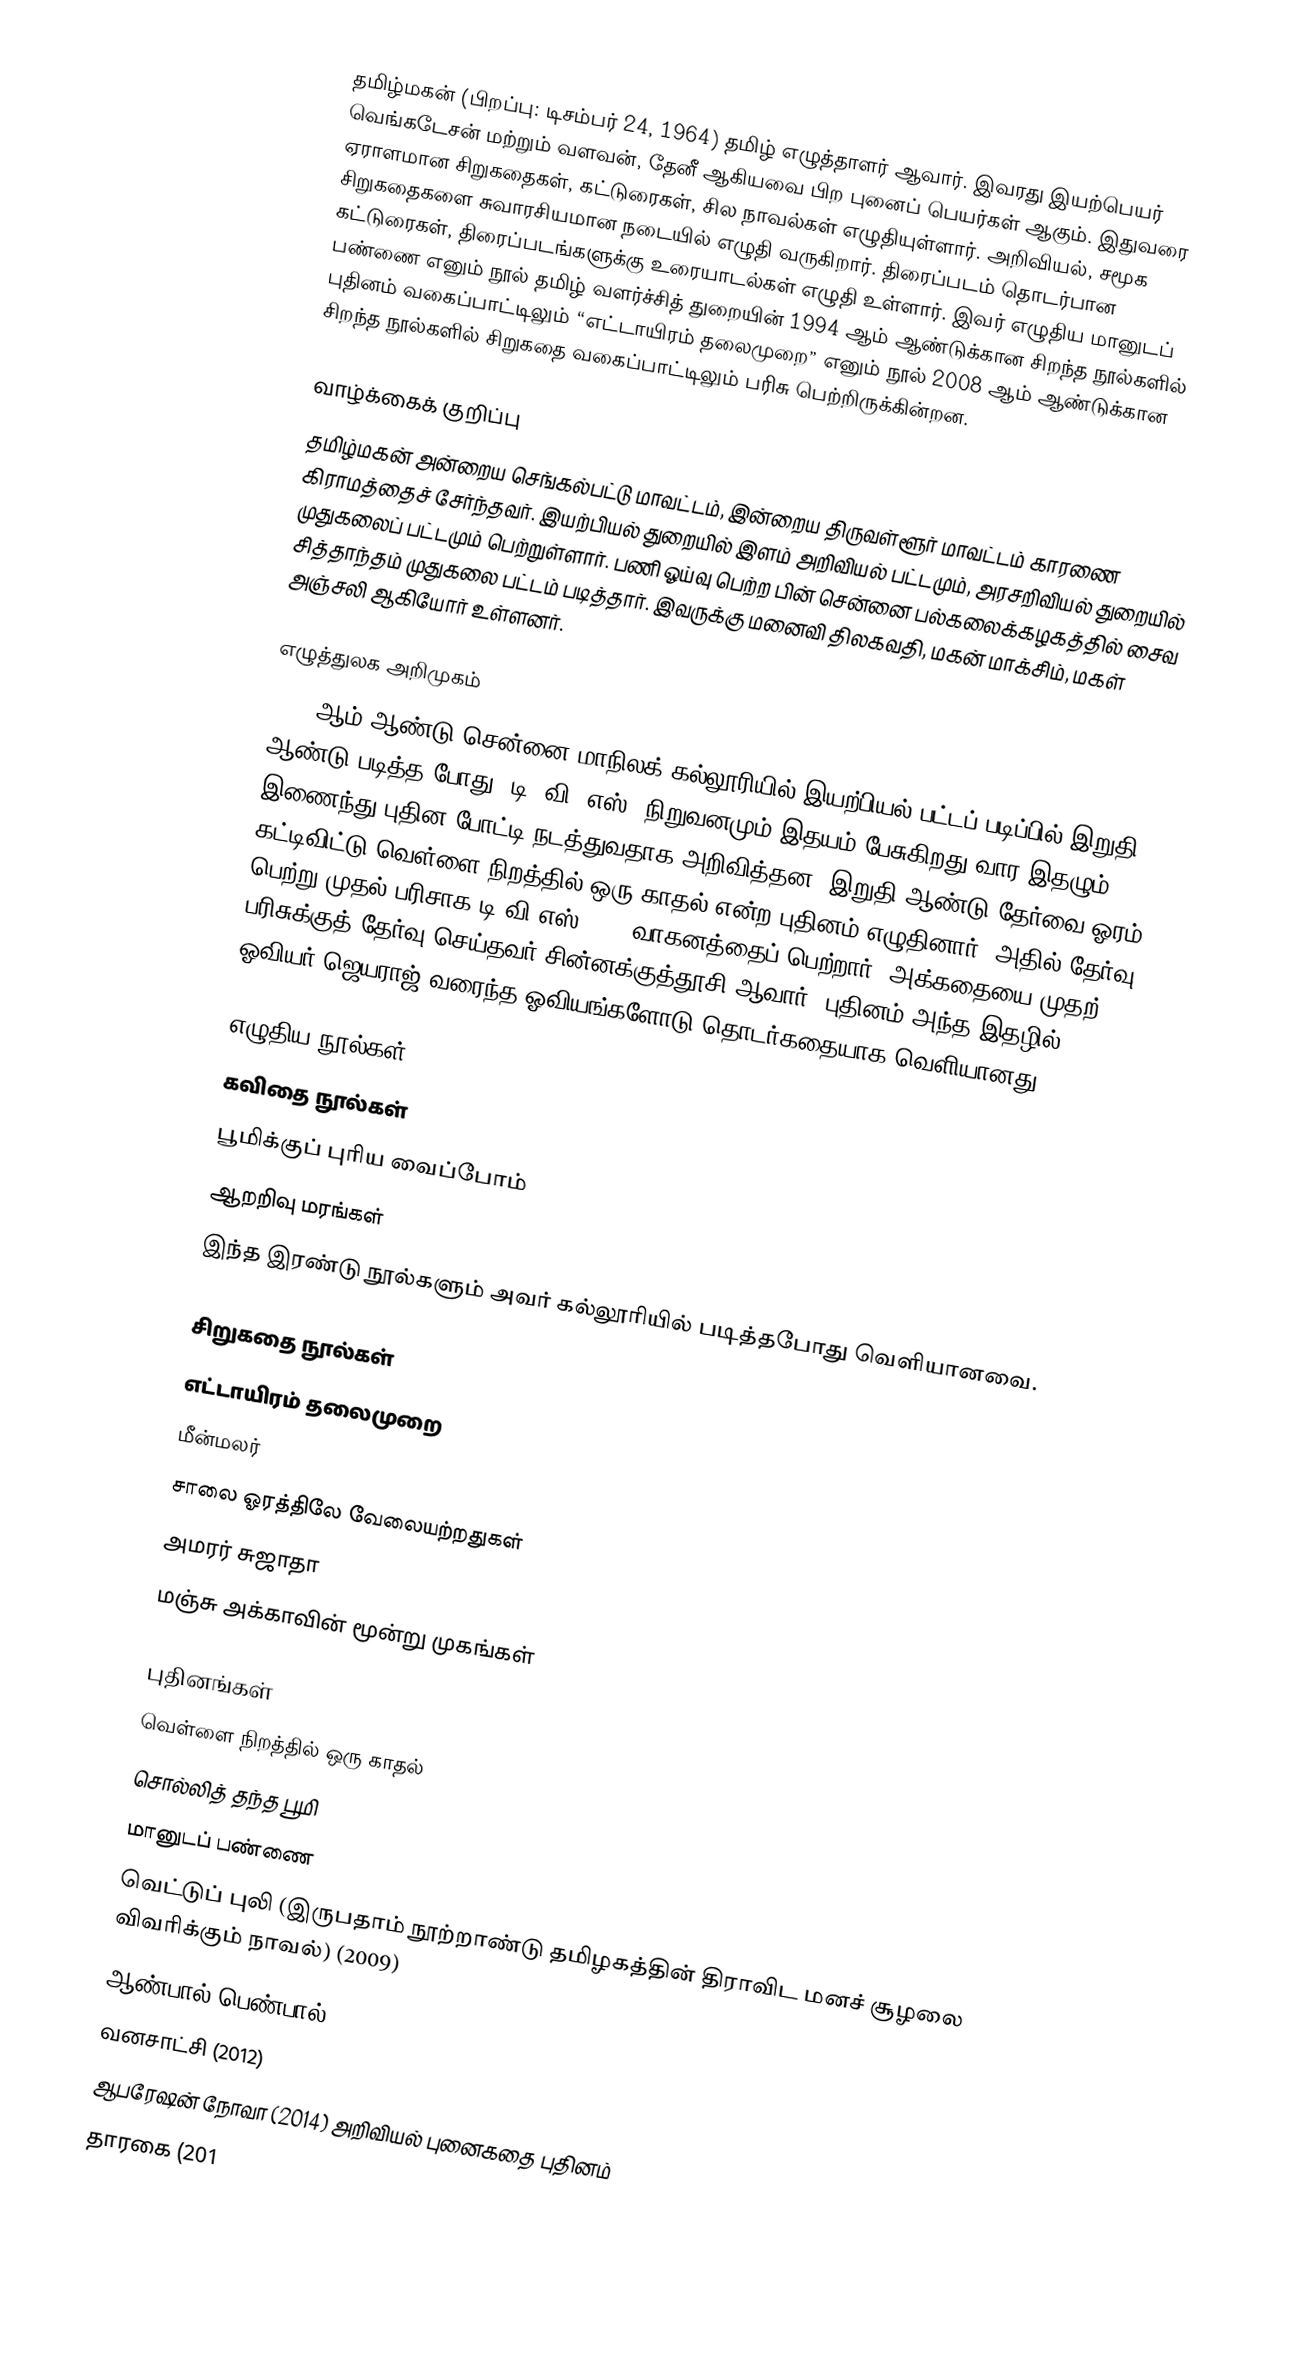
தமிழ்மகன் (பிறப்பு: டிசம்பர் 24, 1964) தமிழ் எழுத்தாளர் ஆவார். இவரது இயற்பெயர் வெங்கடேசன் மற்றும் வளவன், தேனீ ஆகியவை பிற புனைப் பெயர்கள் ஆகும். இதுவரை ஏராளமான சிறுகதைகள், கட்டுரைகள், சில நாவல்கள் எழுதியுள்ளார். அறிவியல், சமூக சிறுகதைகளை சுவாரசியமான நடையில் எழுதி வருகிறார். திரைப்படம் தொடர்பான கட்டுரைகள், திரைப்படங்களுக்கு உரையாடல்கள் எழுதி உள்ளார். இவர் எழுதிய மானுடப் பண்ணை எனும் நூல் தமிழ் வளர்ச்சித் துறையின்  1994 ஆம் ஆண்டுக்கான சிறந்த நூல்களில் புதினம் வகைப்பாட்டிலும் “எட்டாயிரம் தலைமுறை” எனும் நூல்  2008 ஆம் ஆண்டுக்கான சிறந்த நூல்களில் சிறுகதை வகைப்பாட்டிலும் பரிசு பெற்றிருக்கின்றன.

வாழ்க்கைக் குறிப்பு
தமிழ்மகன் அன்றைய செங்கல்பட்டு மாவட்டம், இன்றைய திருவள்ளூர் மாவட்டம் காரணை கிராமத்தைச் சேர்ந்தவர். இயற்பியல் துறையில் இளம் அறிவியல் பட்டமும், அரசறிவியல் துறையில் முதுகலைப் பட்டமும் பெற்றுள்ளார். பணி ஓய்வு பெற்ற பின் சென்னை பல்கலைக்கழகத்தில் சைவ சித்தாந்தம் முதுகலை பட்டம் படித்தார். இவருக்கு மனைவி திலகவதி, மகன் மாக்சிம், மகள் அஞ்சலி ஆகியோர் உள்ளனர்.

எழுத்துலக அறிமுகம்
1984-ஆம் ஆண்டு சென்னை மாநிலக் கல்லூரியில் இயற்பியல் பட்டப் படிப்பில் இறுதி ஆண்டு படித்த போது, டி. வி. எஸ். நிறுவனமும் இதயம் பேசுகிறது வார இதழும் இணைந்து புதின போட்டி நடத்துவதாக அறிவித்தன. இறுதி ஆண்டு தேர்வை ஓரம் கட்டிவிட்டு வெள்ளை நிறத்தில் ஒரு காதல் என்ற புதினம் எழுதினார். அதில் தேர்வு பெற்று முதல் பரிசாக டி.வி.எஸ். 50. வாகனத்தைப் பெற்றார். அக்கதையை முதற் பரிசுக்குத் தேர்வு செய்தவர் சின்னக்குத்தூசி ஆவார். புதினம் அந்த இதழில் ஓவியர் ஜெயராஜ் வரைந்த ஓவியங்களோடு தொடர்கதையாக வெளியானது.

எழுதிய நூல்கள்
 கவிதை நூல்கள்
 பூமிக்குப் புரிய வைப்போம்
 ஆறறிவு மரங்கள்
இந்த இரண்டு நூல்களும் அவர் கல்லூரியில் படித்தபோது வெளியானவை.

சிறுகதை நூல்கள்
 எட்டாயிரம் தலைமுறை
 மீன்மலர்
 சாலை ஓரத்திலே வேலையற்றதுகள்
 அமரர் சுஜாதா
 மஞ்சு அக்காவின் மூன்று முகங்கள்

புதினங்கள்
 வெள்ளை நிறத்தில் ஒரு காதல்
 சொல்லித் தந்த பூமி
 மானுடப் பண்ணை
 வெட்டுப் புலி (இருபதாம் நூற்றாண்டு தமிழகத்தின் திராவிட மனச் சூழலை விவரிக்கும் நாவல்) (2009)
 ஆண்பால் பெண்பால் (2011)
 வனசாட்சி (2012)
 ஆபரேஷன் நோவா (2014) அறிவியல் புனைகதை புதினம்
 தாரகை (201